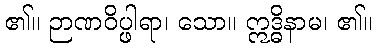
၏။ ဉာဏဝိပ္ဖါရာ၊ သော။ ဣဒ္ဓိနာမ၊ ၏။